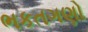
ભકતગણો